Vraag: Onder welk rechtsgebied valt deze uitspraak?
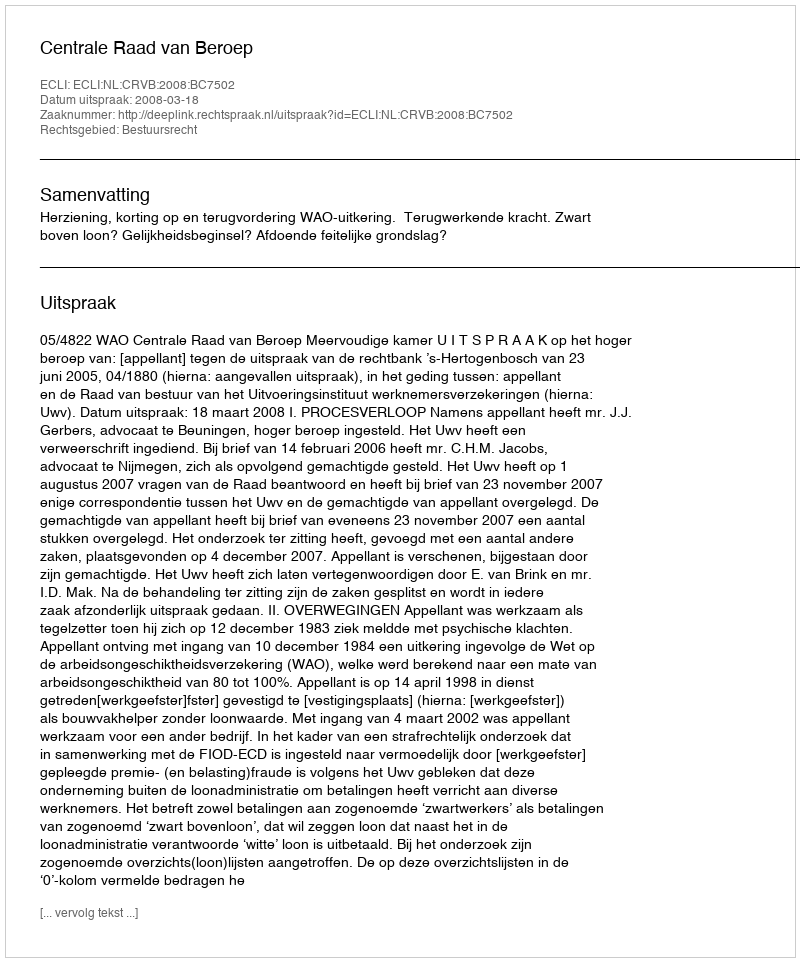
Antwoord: Bestuursrecht